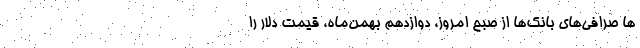
ها صرافی‌های بانک‌ها از صبح امروز، دوازدهم بهمن‌ماه، قیمت دلار را